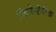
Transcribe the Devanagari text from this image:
किनेस्ठेटिक